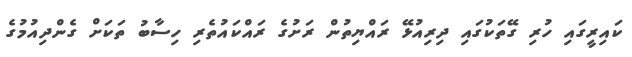
ކައިރީގައި ހުރި ގޭތަކުގައި ދިރިއުޅޭ ރައްޔިތުން ރަށުގެ ރައްކައުތެރި ހިސާބު ތަކަށް ގެންދިއުމުގެ